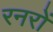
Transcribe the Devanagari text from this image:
रनरों